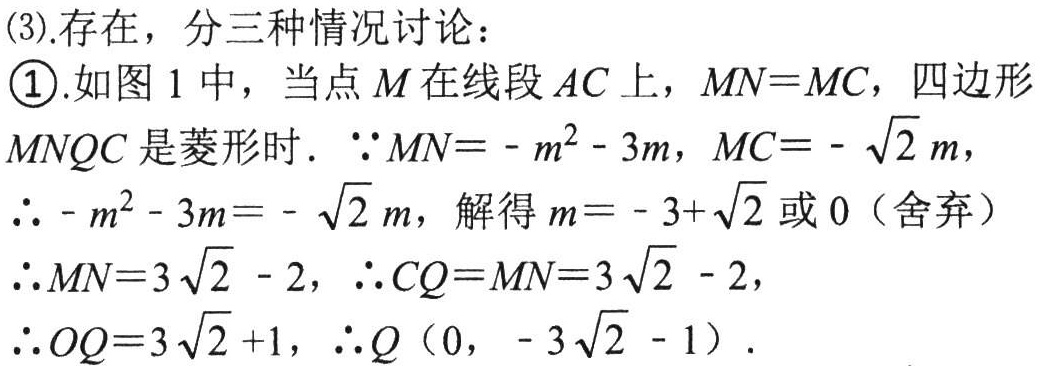
(3).存在，分三种情况讨论：
\textcircled{1}.如图 1 中，当点 \(M\) 在线段 \(AC\) 上，\(MN = MC\)，四边形\(MNQC\) 是菱形时. \(\because MN=-m^{2}-3m\)，\(MC = -\sqrt{2}m\)，
\(\therefore -m^{2}-3m=-\sqrt{2}m\)，解得 \(m=-3 + \sqrt{2}\) 或 \(0\)（舍弃）
\(\therefore MN = 3\sqrt{2}-2\)，\(\therefore CQ = MN=3\sqrt{2}-2\)，
\(\therefore OQ = 3\sqrt{2}+1\)，\(\therefore Q(0,-3\sqrt{2}-1)\).